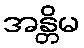
အန္တိမ